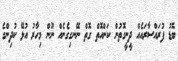
ބޮޑު ފުރައްސާރައެއް ދީނީގޮތުން ކަންއޮތް ގޮތް ނޭނގިގެނެއް ނޫން މިހާރު އުޅޭ ކުދިންގެ